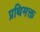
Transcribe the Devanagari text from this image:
प्रथिमक्त